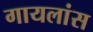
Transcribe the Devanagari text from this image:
गायलांस